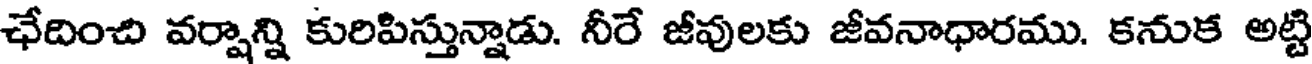
ఛేదించి వర్షాన్ని కురిపిస్తున్నాడు. నీరే జీవులకు జీవనాధారము. కనుక అట్టి